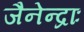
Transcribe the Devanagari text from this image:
जैनेन्द्राः